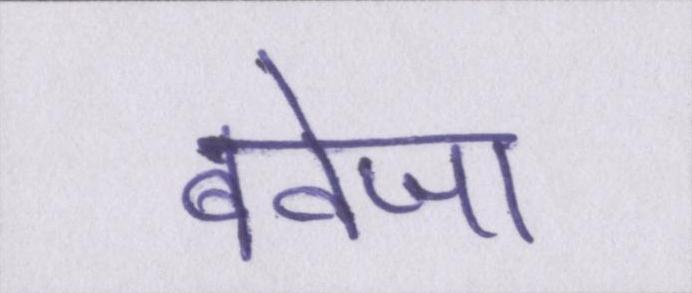
बवेजा